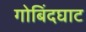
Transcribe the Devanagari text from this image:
गोबिंदघाट